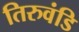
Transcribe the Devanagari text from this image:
तिरुवंडि